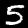
Label: 5